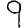
Digit: 9